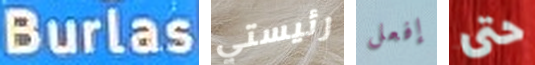
Burlas رئيستي إفعل حتى